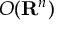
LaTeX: O ( \mathbf { R } ^ { n } )